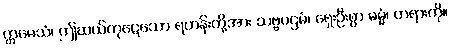
ဣမေသံ၊ ဤဆယ်ကုဋေသော ရဟန်းတို့အား သဗ္ဗပဌမံ၊ ရှေးဦးစွာ ဓမ္မံ၊ တရားကို။